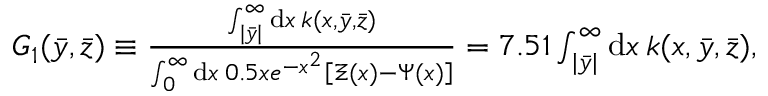
\begin{array} { r } { G _ { 1 } ( \Bar { y } , \Bar { z } ) \equiv \frac { \int _ { | \bar { y } | } ^ { \infty } \mathrm { d } x \: k ( x , \bar { y } , \bar { z } ) } { \int _ { 0 } ^ { \infty } \mathrm { d } x \: 0 . 5 x e ^ { - x ^ { 2 } } \left[ \Xi ( x ) - \Psi ( x ) \right] } = 7 . 5 1 \int _ { | \bar { y } | } ^ { \infty } \mathrm { d } x \: k ( x , \bar { y } , \bar { z } ) , } \end{array}